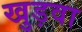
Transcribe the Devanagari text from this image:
खुड़वा